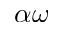
\alpha \omega